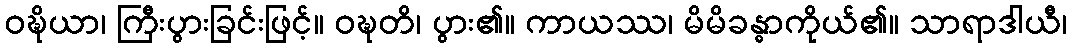
ဝဍ္ဎိယာ၊ ကြီးပွားခြင်းဖြင့်။ ဝဍ္ဎတိ၊ ပွား၏။ ကာယဿ၊ မိမိခန္ဓာကိုယ်၏။ သာရာဒါယီ၊